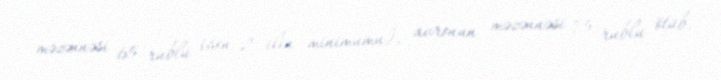
məzənnəsi 65 rublu (son 2 ilin minimumu), avronun məzənnəsi 75 rublu ötüb.